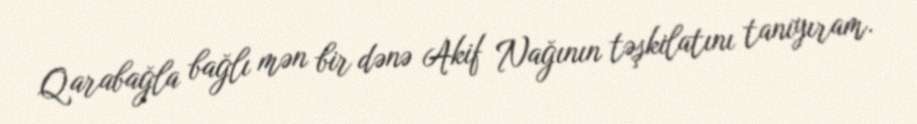
Qarabağla bağlı mən bir dənə Akif Nağının təşkilatını tanıyıram.